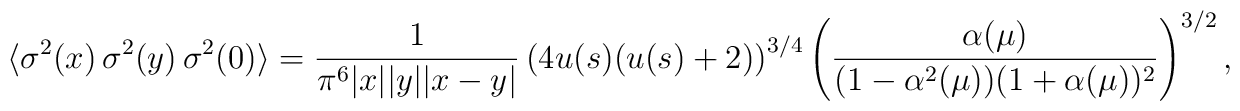
\langle \sigma ^{2}(x)\,\sigma ^{2}(y)\,\sigma ^{2}(0)\rangle ={\frac{1}{\pi^{6}|x||y||x-y|}}\left( 4u(s)(u(s)+2)\right) ^{3/4}\left( {\frac{\alpha (\mu)}{(1-\alpha ^{2}(\mu ))(1+\alpha (\mu ))^{2}}}\right) ^{3/2},